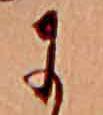
に